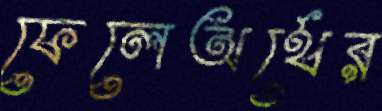
ফেলেঅর্থের